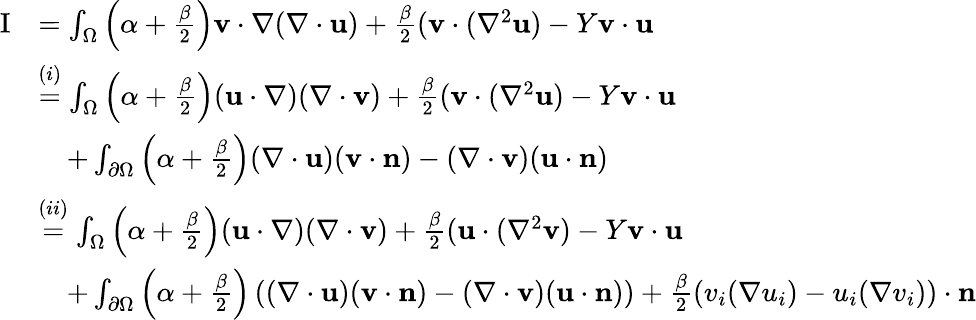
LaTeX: \begin{array}{rl}{\mathrm{I}}&{=\int_{\Omega}\left(\alpha+\frac{\beta}{2}\right)\mathbf{v}\cdot\nabla(\nabla\cdot\mathbf{u})+\frac{\beta}{2}(\mathbf{v}\cdot(\nabla^{2}\mathbf{u})-Y\mathbf{v}\cdot\mathbf{u}}\\ &{\overset{(i)}{=}\int_{\Omega}\left(\alpha+\frac{\beta}{2}\right)(\mathbf{u}\cdot\nabla)(\nabla\cdot\mathbf{v})+\frac{\beta}{2}(\mathbf{v}\cdot(\nabla^{2}\mathbf{u})-Y\mathbf{v}\cdot\mathbf{u}}\\ &{\quad+\int_{\partial\Omega}\left(\alpha+\frac{\beta}{2}\right)(\nabla\cdot\mathbf{u})(\mathbf{v}\cdot\mathbf{n})-(\nabla\cdot\mathbf{v})(\mathbf{u}\cdot\mathbf{n})}\\ &{\overset{(ii)}{=}\int_{\Omega}\left(\alpha+\frac{\beta}{2}\right)(\mathbf{u}\cdot\nabla)(\nabla\cdot\mathbf{v})+\frac{\beta}{2}(\mathbf{u}\cdot(\nabla^{2}\mathbf{v})-Y\mathbf{v}\cdot\mathbf{u}}\\ &{\quad+\int_{\partial\Omega}\left(\alpha+\frac{\beta}{2}\right)\left((\nabla\cdot\mathbf{u})(\mathbf{v}\cdot\mathbf{n})-(\nabla\cdot\mathbf{v})(\mathbf{u}\cdot\mathbf{n})\right)+\frac{\beta}{2}\left(v_{i}(\nabla u_{i})-u_{i}(\nabla v_{i})\right)\cdot\mathbf{n}}\end{array}